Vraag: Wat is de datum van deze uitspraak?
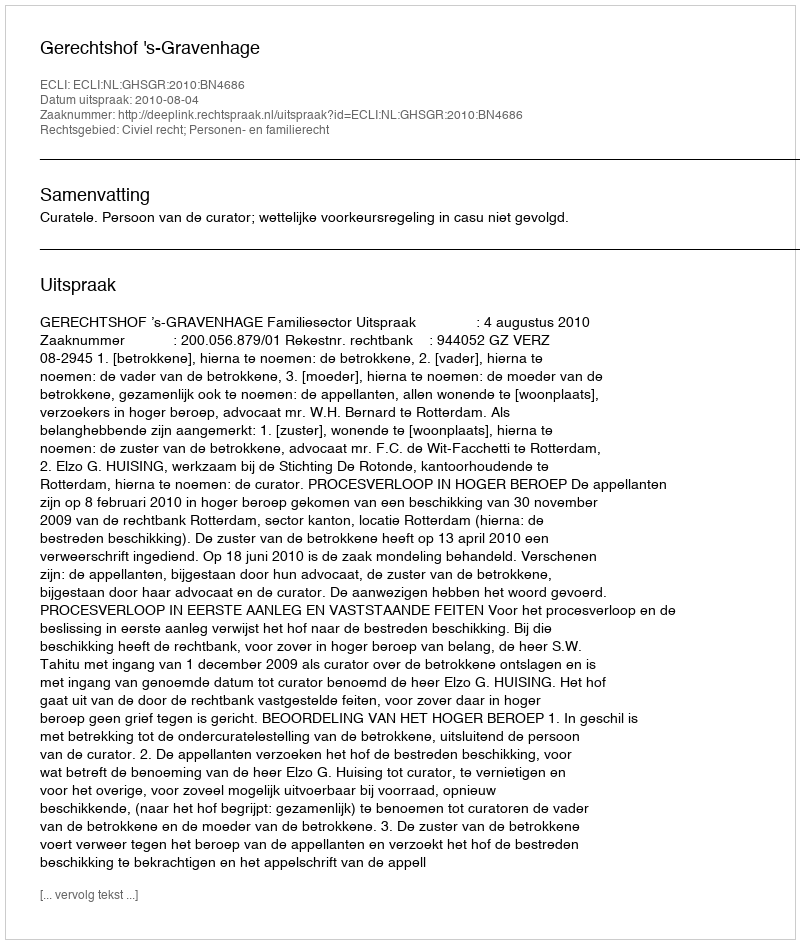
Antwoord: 2010-08-04